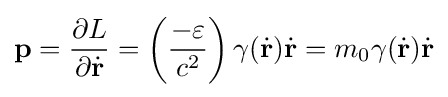
\mathbf {p} ={\frac {\partial L}{\partial {\dot {\mathbf {r} }}}}=\left({\frac {-\varepsilon }{c^{2}}}\right)\gamma ({\dot {\mathbf {r} }}){\dot {\mathbf {r} }}=m_{0}\gamma ({\dot {\mathbf {r} }}){\dot {\mathbf {r} }}